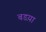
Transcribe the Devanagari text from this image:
बडय़ा